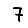
Digit: 7